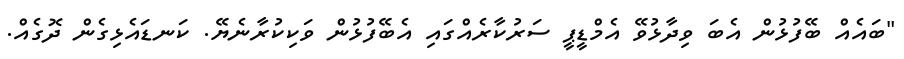
"ބައެއް ބޭފުޅުން އެބަ ވިދާޅުވޭ އެމްޑީޕީ ސަރުކާރެއްގައި އެބޭފުޅުން ވަކިކުރާނެޔޭ. ކަނޑައެޅިގެން ދޮގެއް.